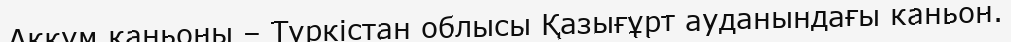
Аққұм каньоны – Түркістан облысы Қазығұрт ауданындағы каньон.